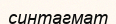
синтагмат